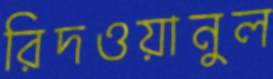
রিদওয়ানুল